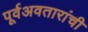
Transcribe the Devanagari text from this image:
पूर्वअवतारांची